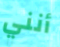
أنني